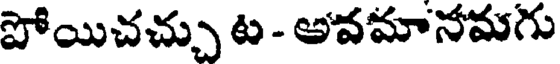
పోయిచచ్చు ట - అవమానమగు